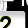
Digit: 2